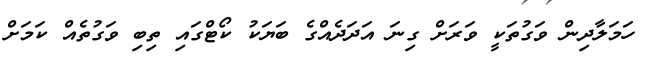
ހަމަލާދިން ވަގުތަކީ ވަރަށް ގިނަ އަދަދެއްގެ ބަޔަކު ކޯޓްގައި ތިބި ވަގުތެއް ކަމަށް